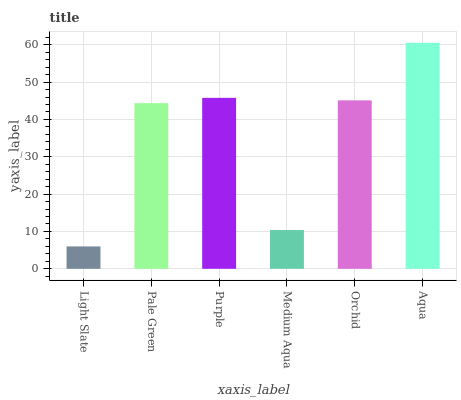
| xaxis_label | bars |
 | --- | --- |
 | Light Slate | 6 |
 | Pale Green | 44.4 |
 | Purple | 45.8 |
 | Medium Aqua | 10.4 |
 | Orchid | 45.1 |
 | Aqua | 60.5 |